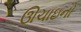
ઊચાઇનો